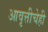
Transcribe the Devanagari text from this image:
आवृत्तीचेही